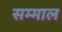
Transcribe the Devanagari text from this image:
सम्माल